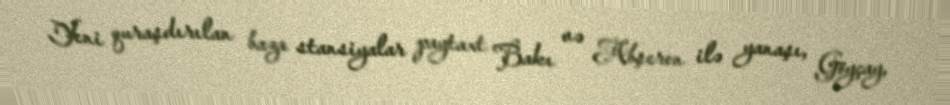
Yeni quraşdırılan baza stansiyalar paytaxt Bakı və Abşeron ilə yanaşı, Göyçay,